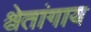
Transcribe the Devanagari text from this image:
श्वेतांगाय